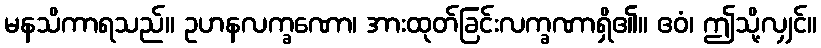
မနသိကာရသည်။ ဥဟနလက္ခဏော၊ အားထုတ်ခြင်းလက္ခဏာရှိ၏။ ဧဝံ၊ ဤသို့လျှင်။